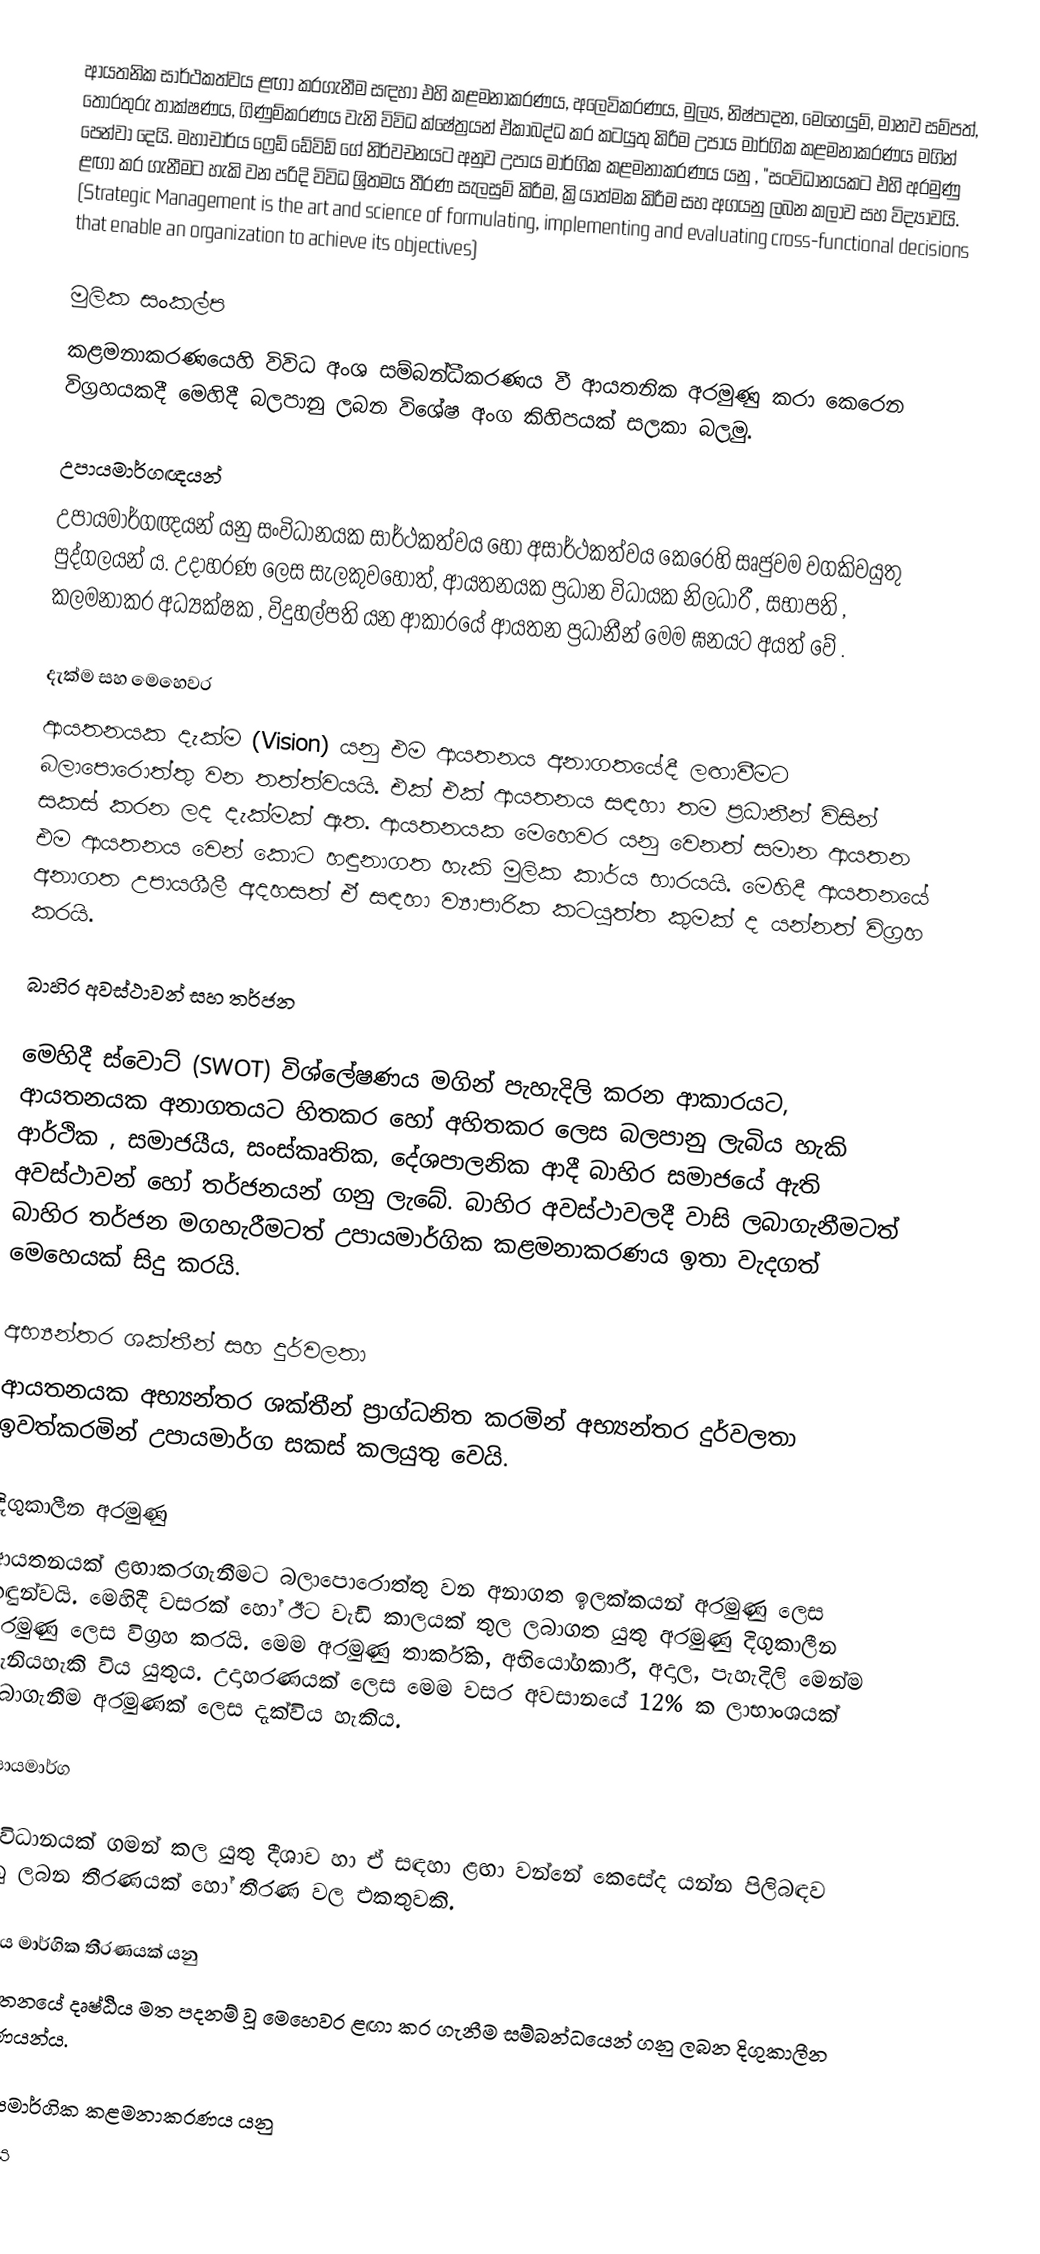
ආයතනික සාර්ථකත්වය ළඟා කරගැනීම සඳහා  එහි කළමනාකරණය, අලෙවිකරණය, මුල්‍ය, නිෂ්පාදන, මෙහෙයුම්, මානව සම්පත්, තොරතුරු තාක්ෂණය, ගිණුම්කරණය වැනි විවිධ ක්ෂේත්‍රයන් ඒකාබද්ධ කර කටයුතු කිරීම උපාය මාර්ගික කළමනාකරණය මගින් පෙන්වා දෙයි. මහාචාර්ය ෆ්‍රෙඩ් ඩේවිඩ් ගේ නිර්වචනයට අනුව උපාය මාර්ගික කළමනාකරණය යනු , "සංවිධානයකට එහි අරමුණු ළඟා කර ගැනීමට හැකි වන පරිදි විවිධ ශ්‍රිතමය තීරණ සැලසුම් කිරීම, ක්‍රියාත්මක කිරීම සහ අගයනු ලබන කලාව සහ විද්‍යාවයි. (Strategic Management is the art and science of formulating, implementing and evaluating cross-functional decisions that enable an organization to achieve its objectives)

මුලික  සංකල්ප
කළමනාකරණයෙහි විවිධ අංශ සම්බන්ධීකරණය වී ආයතනික අරමුණු කරා කෙරෙන විග්‍රහයකදී මෙහිදී බලපානු ලබන විශේෂ අංග කිහිපයක් සලකා බලමු.

උපායමාර්ගඥයන්
උපායමාර්ගඥයන් යනු සංවිධානයක සාර්ථකත්වය හෝ අසාර්ථකත්වය කෙරෙහි සෘජුවම වගකිවයුතු පුද්ගලයන් ය. උදාහරණ ලෙස සැලකුවහොත්, ආයතනයක ප්‍රධාන විධායක නිලධාරී , සභාපති , කලමනාකර අධ්‍යක්ෂක , විදුහල්පති යන ආකාරයේ ආයතන ප්‍රධානීන් මෙම  ඝනයට අයත් වේ .

දැක්ම සහ මෙහෙවර
ආයතනයක දැක්ම (Vision) යනු එම ආයතනය අනාගතයේදී ලඟාවීමට බලාපොරොත්තු වන තත්ත්වයයි. එක්  එක්  ආයතනය සඳහා තම ප්‍රධානීන් විසින් සකස් කරන ලද දැක්මක් ඇත. ආයතනයක මෙහෙවර යනු වෙනත් සමාන ආයතන  එම ආයතනය වෙන් කොට හඳුනාගත හැකි මුලික කාර්ය භාරයයි. මෙහිදී ආයතනයේ අනාගත උපායශීලී අදහසත් ඒ සඳහා ව්‍යාපාරික කටයුත්ත කුමක් ද යන්නත් විග්‍රහ කරයි.

බාහිර අවස්ථාවන් සහ තර්ජන

මෙහිදී ස්වොට් (SWOT) විශ්ලේෂණය මගින් පැහැදිලි කරන ආකාරයට, ආයතනයක අනාගතයට හිතකර හෝ අහිතකර ලෙස බලපානු ලැබිය හැකි ආර්ථික , සමාජයීය, සංස්කෘතික, දේශපාලනික ආදී බාහිර සමාජයේ ඇති අවස්ථාවන් හෝ තර්ජනයන්  ගනු ලැබේ. බාහිර අවස්ථාවලදී වාසි ලබාගැනීමටත් බාහිර තර්ජන මගහැරීමටත් උපායමාර්ගික කළමනාකරණය ඉතා වැදගත් මෙහෙයක් සිදු කරයි.

අභ්‍යන්තර ශක්තීන් සහ දුර්වලතා
ආයතනයක අභ්‍යන්තර ශක්තීන් ප්‍රාග්ධනිත කරමින් අභ්‍යන්තර දුර්වලතා  ඉවත්කරමින් උපායමාර්ග සකස් කලයුතු වෙයි.

දිගුකාලීන අරමුණු
ආයතනයක් ළඟාකරගැනීමට  බලාපොරොත්තු වන අනාගත ඉලක්කයන් අරමුණු ලෙස හඳුන්වයි. මෙහිදී වසරක් හෝ ඊට වැඩි කාලයක් තුල ලබාගත යුතු අරමුණු  දිගුකාලීන අරමුණු ලෙස විග්‍රහ කරයි. මෙම අරමුණු තාර්කික, අභියෝගකාරී,  අදාල, පැහැදිලි  මෙන්ම මැනියහැකි විය යුතුය. උදාහරණයක් ලෙස මෙම වසර අවසානයේ 12% ක ලාභාංශයක් ලබාගැනීම අරමුණක් ලෙස දැක්විය හැකිය.

උපායමාර්ග

සංවිධානයක් ගමන් කල යුතු දීශාව හා ඒ සඳහා ළඟා වන්නේ කෙසේද යන්න පිලිබඳව ගනු ලබන තීරණයක් හෝ තීරණ වල එකතුවකි.

උපාය මාර්ගික තීරණයක් යනු
ආයතනයේ දෘෂ්ඨිය මත පදනම් වූ මෙහෙවර ළඟා කර ගැනීම සම්බන්ධයෙන් ගනු ලබන දිගුකාලීන තීරණයන්ය.

උපායමාර්ගික කළමනාකරණය යනු
උපාය